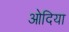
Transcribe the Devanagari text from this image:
ओदिया